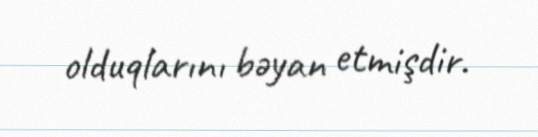
olduqlarını bəyan etmişdir.